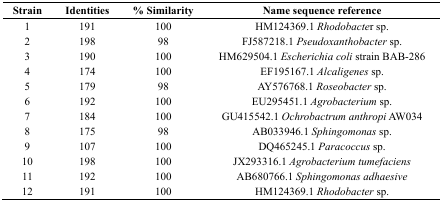
| Strain | Identities | % Similarity | Name sequence reference |
 | --- | --- | --- | --- |
 | 1 | 191 | 100 | HM124369.1 Rhodobacter sp. |
 | 2 | 198 | 98 | FJ587218.1 Pseudoxanthobacter sp. |
 | 3 | 190 | 100 | HM629504.1 Escherichia coli strain BAB-286 |
 | 4 | 174 | 100 | EF195167.1 Alcaligenes sp. |
 | 5 | 179 | 98 | AY576768.1 Roseobacter sp. |
 | 6 | 192 | 100 | EU295451.1 Agrobacterium sp. |
 | 7 | 184 | 100 | GU415542.1 Ochrobactrum anthropi AW034 |
 | 8 | 175 | 98 | AB033946.1 Sphingomonas sp. |
 | 9 | 107 | 100 | DQ465245.1 Paracoccus sp. |
 | 10 | 198 | 100 | JX293316.1 Agrobacterium tumefaciens |
 | 11 | 192 | 100 | AB680766.1 Sphingomonas adhaesive |
 | 12 | 191 | 100 | HM124369.1 Rhodobacter sp. |